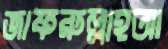
জাফরুল্লাহআ